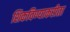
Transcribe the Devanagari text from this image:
शिकविण्याकरीता